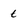
Character: t